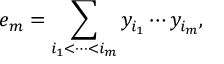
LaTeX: e _ { m } = \sum _ { i _ { 1 } < \cdots < i _ { m } } y _ { i _ { 1 } } \cdots y _ { i _ { m } } , \quad